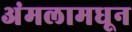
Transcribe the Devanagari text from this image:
अंमलामधून